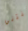
خنتني